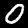
Label: 0